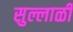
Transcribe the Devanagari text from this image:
सुल्लाळी